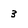
Character: 3